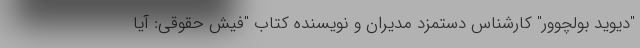
"دیوید بولچوور" کارشناس دستمزد مدیران و نویسنده کتاب "فیش حقوقی: ‌آیا